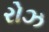
રોઝ